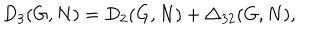
D _ { 3 } ( G , N ) = D _ { 2 } ( G , N ) + \triangle _ { 3 2 } ( G , N ) ,